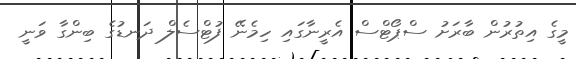
މީގެ އިތުރުން ބާރަށު ސްޕޯޓްސް އެރީނާގައި ހިމެނޭ ފުޓްސެލް ދަނޑުގެ ބިންގާ ވަނީ